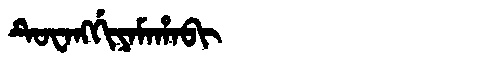
Manchu: ᡨᡠᠸᠠᠩᡤᡳᠶᠠᠮᠠᡥᠠᠪᡳ
Romanization: TUWANGGIYAMAHABI